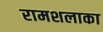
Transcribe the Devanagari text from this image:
रामशलाका